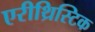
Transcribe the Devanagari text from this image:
एरीथ्रिस्टिक